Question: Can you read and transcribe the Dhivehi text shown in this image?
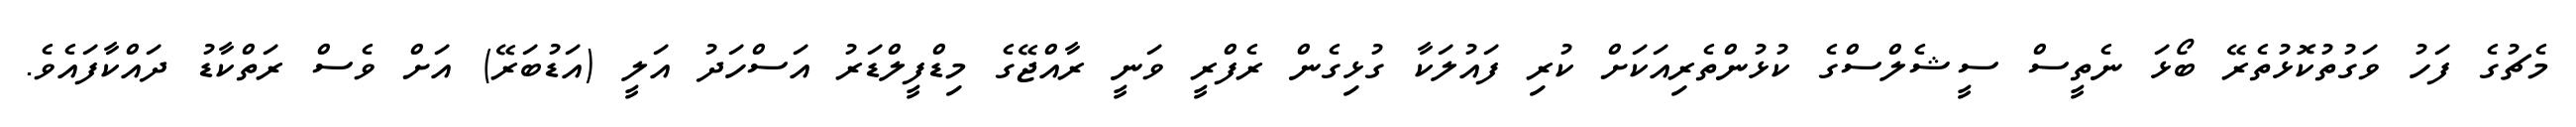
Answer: މެޗުގެ ފަހު ވަގުތުކޮޅުތެރޭ ބޯޅަ ނެތީސް ސީޝެލްސްގެ ކުޅުންތެރިއަކަށް ކުރި ފައުލަކާ ގުޅިގެން ރެފްރީ ވަނީ ރާއްޖޭގެ މިޑްފީލްޑަރު އަސްހަދު އަލީ (އަޑުބަރޭ) އަށް ވެސް ރަތްކާޑު ދައްކާފައެވެ.